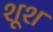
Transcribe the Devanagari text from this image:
शूश